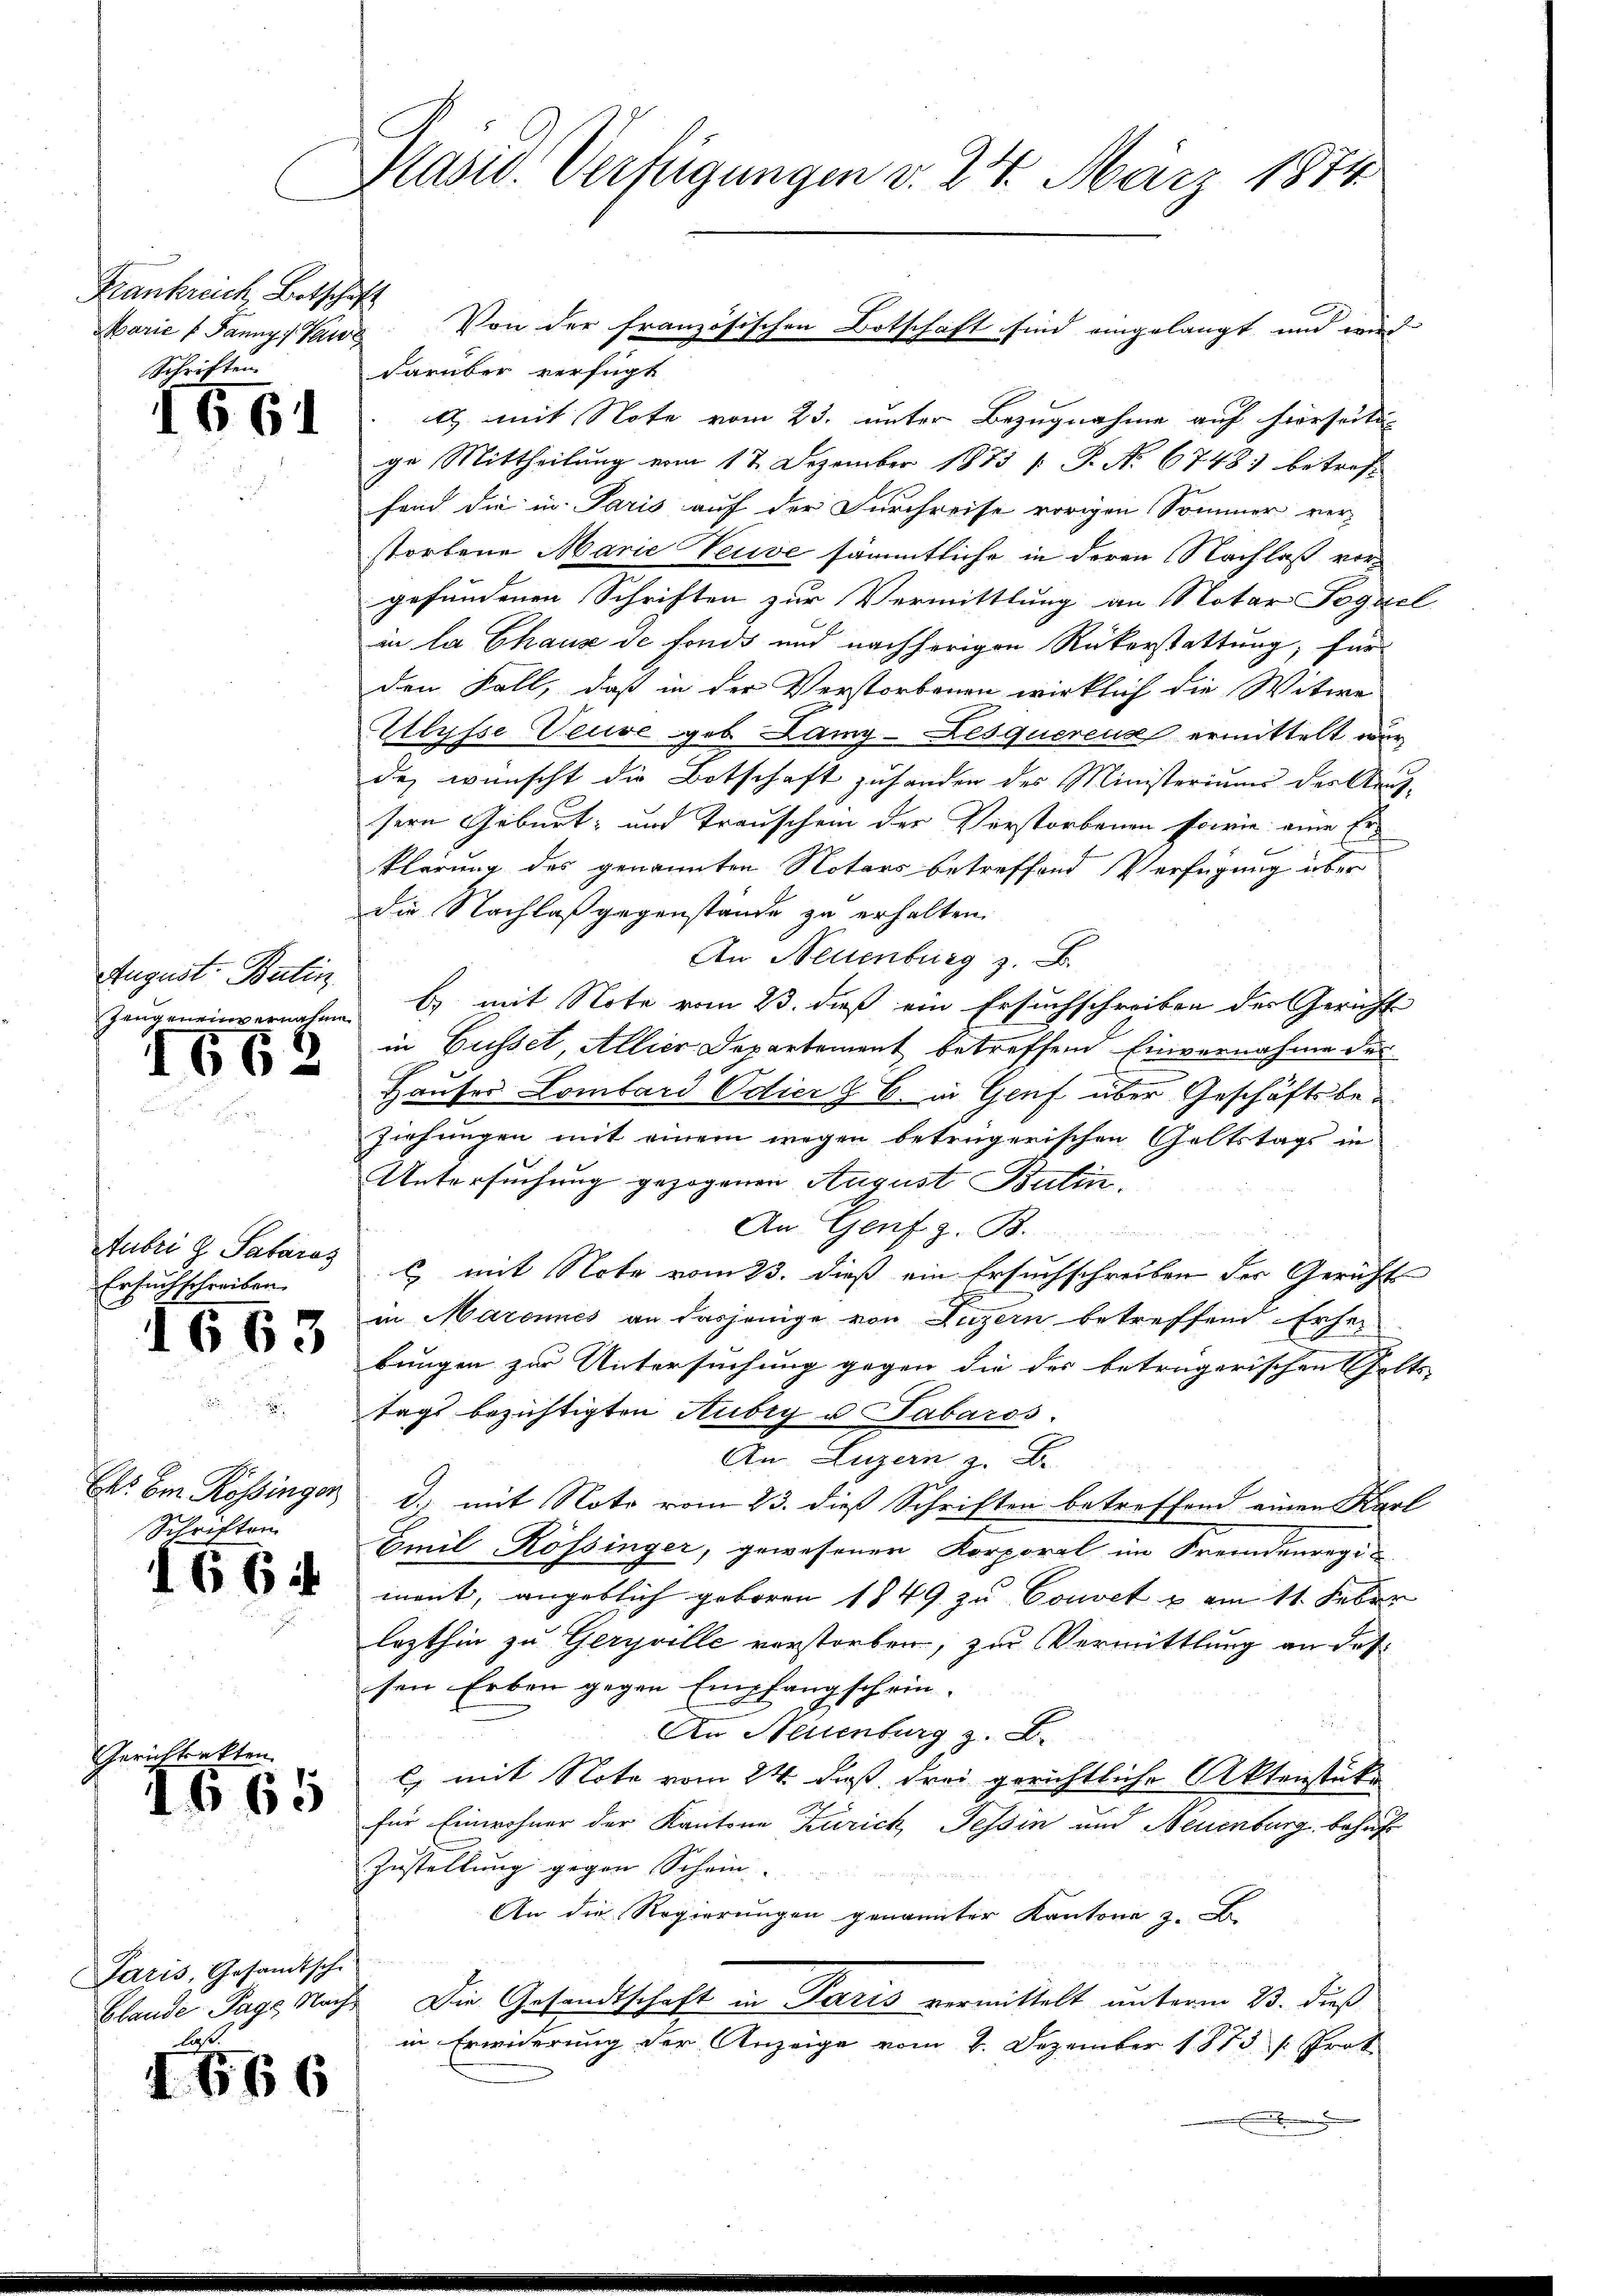
Frankreich, Botschaft
Marie Panny, Paul
Schriften.

e

IGE

662

1663

1

August. Batin
Zeugeneinvernahme

Aubri G. Sabaras
Ersuchschreiben.

Cts. Am Kössinger,
Schriften

1

Paris, Gesandtsche
Blande Page Nach
laß

1

1664

666

Hasid. Verfügungen v. 24. März 1874

darüber verfügt
 mit Note vom 23. unter Bezugnahme auf hierseiti
ge Mittheilung vom 12. Dezember 1873 [ P. No. 6748) betreffend die in Paris auf der Furchreise vorigen Sommer ver-
storbene Marie Veuve sämmtliche in deren Nachlaß vorgefundenen Schriften zur Vermittlung an Notar Taggel
in la Chaux de fonds und nachherigen Rükerstattung, für
den Fall, daß in der Verstorbenen wirklich die Witwe
Ulysse Veuve geb. Lamy-Lesquerens ermittelt wurde, wünscht die Botschaft zuhanden des Ministerium der Aus-
sern Geburt, und Trauschem der Verstorbenen sowie eine Er-
klärung des genannten Notars betreffend Verfügung über
die Nachlaß gegenstande zu erhalten.
An Neuenburg z. B.
b mit Note vom 23. dieß ein Ersuchschreiben der Gericht
in Gusset, Allier Departement betreffend Einvernahme der
Hauser Lombard Odier z. B. in Genf über Geschäftsbe¬
Ziehungen mit einem wegen betrügerischen Geltstags in
Untersuchung gezogenen August Bulin¬
An Genf z. B.
c mit Note vom 23. dieß ein Ersuchschreiben der Gerichts
in Maronnes an dasjenige von Luzern betreffend Erhe
bungen zur Untersuchung gegen die der betrügerischen Golts- |
tags bezichtigten Aubry u. Tabaros.
An Luzern z. B.
d. mit Note vom 23. dieß Schriften betreffend einen Karl
Emil Kössinger, gewesener Korporal im Fremdenregi
mont, angeblich geboren 1849 zu Convet u am 11. Feber
lezthin zu Geryville verstorben, zur Vermittlung an das
sen Erben gegen Empfangschein-
An Neuenburg z. B.
C) mit Note vom 24. daß drei gerichtliche Aktenstüke
für Einwohner der Kantone Zürich, Tessin und Neuenburg behuf
Zustellung gegen Schein.
An die Regierŭngen genannter Kantone 3
Die Gesandtschaft in Paris vermittelt unterm 23. dieß
in Erwiderung der Anzeige vom 2. Dezember 1873 /: Prok.
.

Von der französischen Botschaft sind eingelangt und wird